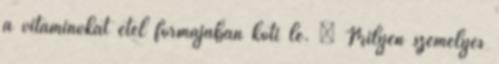
a vitaminokat étel formájában köti le. – Milyen személyes